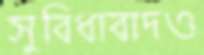
সুবিধাবাদও